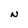
Character: N